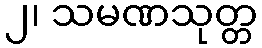
၂၊ သမဏသုတ္တ